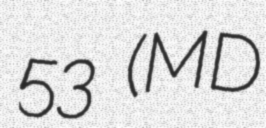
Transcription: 53 (MD